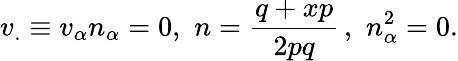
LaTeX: v_{.}\equiv v_{\alpha}n_{\alpha}=0,\, \, n=\frac{q+xp}{2pq}\, ,\, \, n_{\alpha}^{2}=0.